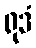
ရုဒံ